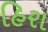
હિરા